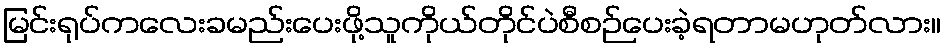
မြင်းရုပ်ကလေးခမည်းပေးဖို့သူကိုယ်တိုင်ပဲစီစဉ်ပေးခဲ့ရတာမဟုတ်လား။